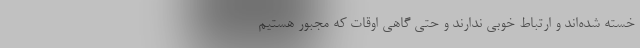
خسته شده‌اند و ارتباط خوبی ندارند و حتی گاهی اوقات که مجبور هستیم